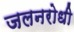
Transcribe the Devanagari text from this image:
जलनरोधी